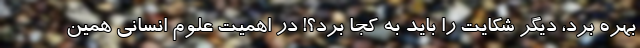
بهره برد، دیگر شکایت را باید به کجا برد؟! در اهمیت علوم انسانی همین